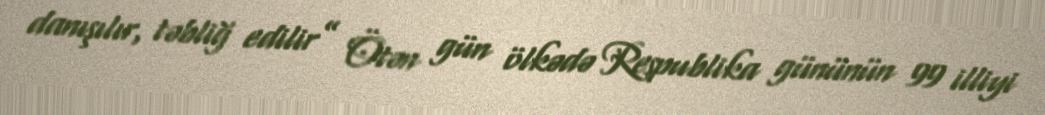
danışılır, təbliğ edilir” Ötən gün ölkədə Respublika gününün 99 illiyi